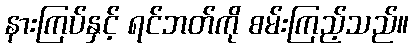
နားကြပ်နှင့် ရင်ဘတ်ကို စမ်းကြည့်သည်။